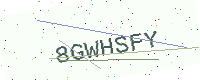
Text: 8GWHSFY